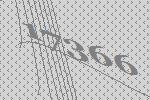
17366